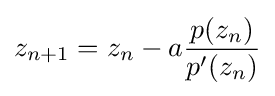
z_{n+1}=z_{n}-a{\frac {p(z_{n})}{p'(z_{n})}}